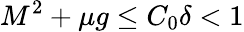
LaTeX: M^{2}+\mu g\leq C_{0}\delta<1